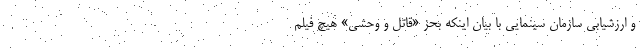
و ارزشیابی سازمان سینمایی با بیان اینکه بحز «قاتل و وحشی» هیچ فیلم